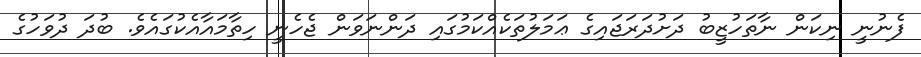
ފެނުނީ ނިކަން ނާތަހުޒީބު ދަށުދަރަޖައިގެ ޢަމަލުތަކެއްކަމުގައި ދަންނަވަން ޖެހެނީ ހިތާމައާއެކުގައެވެ. ބުދަ ދުވަހުގެ